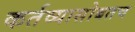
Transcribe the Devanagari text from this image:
कर्तव्यासोबतच